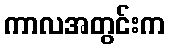
ကာလအတွင်းက